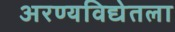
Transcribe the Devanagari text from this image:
अरण्यविद्येतला